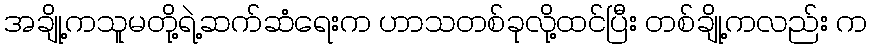
အချို့ကသူမတို့ရဲ့ဆက်ဆံရေးက ဟာသတစ်ခုလို့ထင်ပြီး တစ်ချို့ကလည်း က